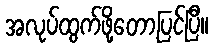
အလုပ်ထွက်ဖို့တော့ပြင်ပြီ။